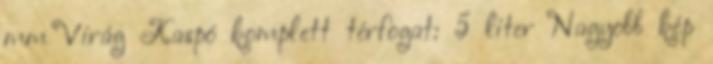
mm Virág Kaspó komplett térfogat: 5 liter Nagyobb kép